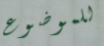
للموضوع